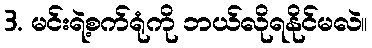
3. မင်းရဲ့စက်ရုံကို ဘယ်လိုရနိုင်မလဲ။